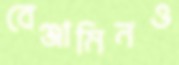
বেঞ্জামিনও